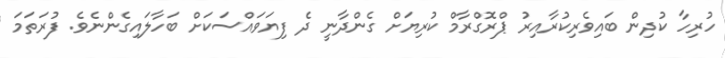
ހުރިހާ ކުދިން ބައިވެރިކުރާއިރު ޕްރޮގްރާމް ކުރިޔަށް ގެންދާނީ ދެ ފިޔަވައްސަކަށް ބަހާލައިގެންނެވެ. ފުރަތަމަ